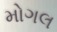
મોગલ